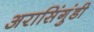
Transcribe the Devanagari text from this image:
अरासिंगुंडी